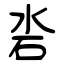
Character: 沯